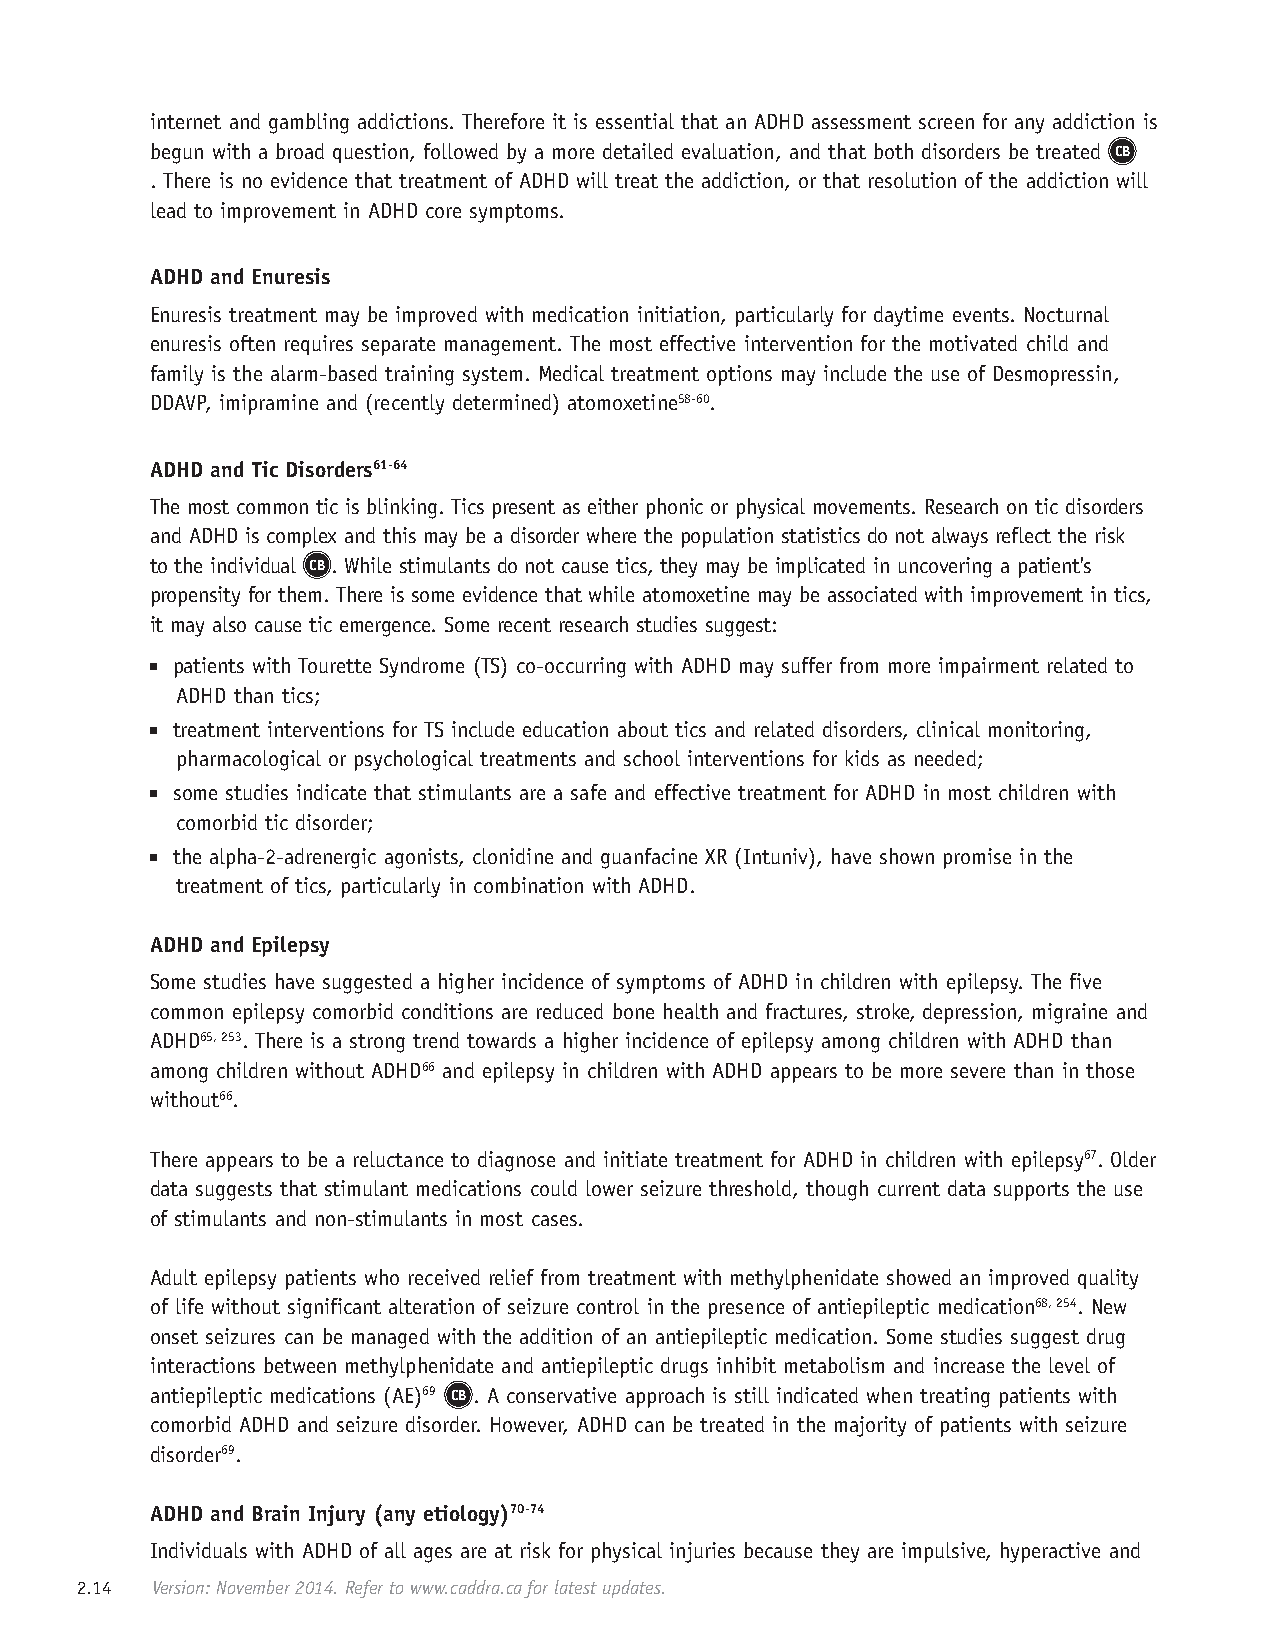
internet and gambling addictions. Therefore it is essential that an ADHD assessment screen for any addiction is
 begun with a broad question, followed by a more detailed evaluation, and that both disorders be treated CB
 . There is no evidence that treatment of ADHD will treat the addiction, or that resolution of the addiction will
 lead to improvement in ADHD core symptoms.
 ADHD and Enuresis
 Enuresis treatment may be improved with medication initiation, particularly for daytime events. Nocturnal
 enuresis often requires separate management. The most effective intervention for the motivated child and
 family is the alarm-based training system. Medical treatment options may include the use of Desmopressin,
 DDAVP, imipramine and (recently determined) atomoxetine58-60.
 ADHD and Tic Disorders61-64
 The most common tic is blinking. Tics present as either phonic or physical movements. Research on tic disorders
 and ADHD is complex and this may be a disorder where the population statistics do not always reflect the risk
 to the individual CB . While stimulants do not cause tics, they may be implicated in uncovering a patient's
 propensity for them. There is some evidence that while atomoxetine may be associated with improvement in tics,
 it may also cause tic emergence. Some recent research studies suggest:
 ■ patients with Tourette Syndrome (TS) co-occurring with ADHD may suffer from more impairment related to
 ADHD than tics;
 ■ treatment interventions for TS include education about tics and related disorders, clinical monitoring,
 pharmacological or psychological treatments and school interventions for kids as needed;
 ■ some studies indicate that stimulants are a safe and effective treatment for ADHD in most children with
 comorbid tic disorder;
 ■ the alpha-2-adrenergic agonists, clonidine and guanfacine XR (Intuniv), have shown promise in the
 treatment of tics, particularly in combination with ADHD.
 ADHD and Epilepsy
 Some studies have suggested a higher incidence of symptoms of ADHD in children with epilepsy. The five
 common epilepsy comorbid conditions are reduced bone health and fractures, stroke, depression, migraine and
 ADHD65, 253. There is a strong trend towards a higher incidence of epilepsy among children with ADHD than
 among children without ADHD66 and epilepsy in children with ADHD appears to be more severe than in those
 without66.
 There appears to be a reluctance to diagnose and initiate treatment for ADHD in children with epilepsy67. Older
 data suggests that stimulant medications could lower seizure threshold, though current data supports the use
 of stimulants and non-stimulants in most cases.
 Adult epilepsy patients who received relief from treatment with methylphenidate showed an improved quality
 of life without significant alteration of seizure control in the presence of antiepileptic medication68, 254. New
 onset seizures can be managed with the addition of an antiepileptic medication. Some studies suggest drug
 interactions between methylphenidate and antiepileptic drugs inhibit metabolism and increase the level of
 antiepileptic medications (AE)69 CB . A conservative approach is still indicated when treating patients with
 comorbid ADHD and seizure disorder. However, ADHD can be treated in the majority of patients with seizure
 disorder69.
 ADHD and Brain Injury (any etiology)70-74
 Individuals with ADHD of all ages are at risk for physical injuries because they are impulsive, hyperactive and
 2.14 Version: November 2014. Refer to www.caddra.ca for latest updates.